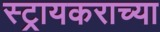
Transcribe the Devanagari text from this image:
स्ट्रायकराच्या